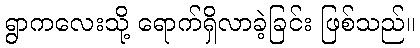
ရွာကလေးသို့ ရောက်ရှိလာခဲ့ခြင်း ဖြစ်သည်။